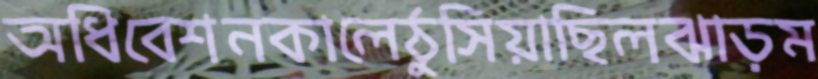
অধিবেশনকালেঠুসিয়াছিলঝাড়ম